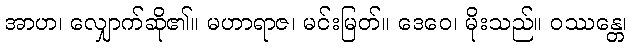
အာဟ၊ လျှောက်ဆို၏။ မဟာရာဇ၊ မင်းမြတ်။ ဒေဝေ၊ မိုးသည်။ ဝဿန္တေ၊